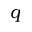
q